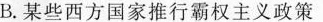
B.某些西方国家推行霸权主义政策